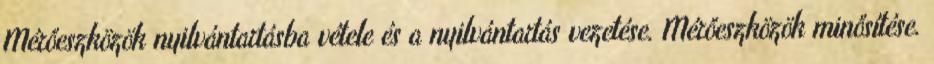
Mérőeszközök nyilvántartásba vétele és a nyilvántartás vezetése. Mérőeszközök minősítése.